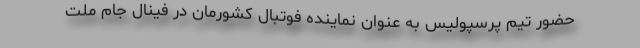
حضور تیم پرسپولیس به عنوان نماینده فوتبال کشورمان در فینال جام ملت